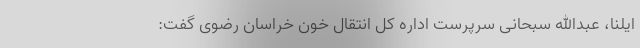
ایلنا، عبدالله سبحانی سرپرست اداره کل انتقال خون خراسان رضوی گفت: